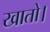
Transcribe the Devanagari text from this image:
खातो।